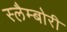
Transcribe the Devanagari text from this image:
स्लैम्बोरी